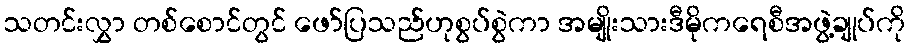
သတင်းလွှာ တစ်စောင်တွင် ဖော်ပြသည်ဟုစွပ်စွဲကာ အမျိုးသားဒီမိုကရေစီအဖွဲ့ချုပ်ကို